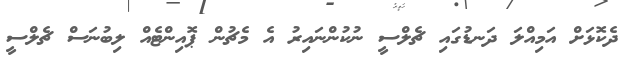
ދެކޮޅަށް އަމިއްލަ ދަނޑުގައި ޗެލްސީ ނުކުންނައިރު އެ މެޗުން ޕޮއިންޓެއް ލިބުނަސް ޗެލްސީ